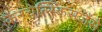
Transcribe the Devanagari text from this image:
कैनचेल्स्किसजैसे